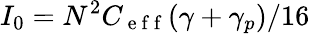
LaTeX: I_{0}=N^{2}C_{\mathrm{~e~f~f~}}(\gamma+\gamma_{p})/16